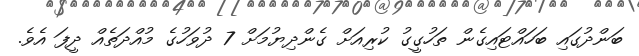
ބަންދުގައި ބަހައްޓައިގެން ތަހުގީގު ކުރިއަށް ގެންދިޔުމަށް 7 ދުވަހުގެ މުއްދަތެއް ދީފަ އެވެ.